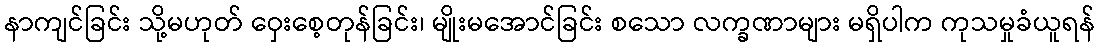
နာကျင်ခြင်း သို့မဟုတ် ဝှေးစေ့တုန်ခြင်း၊ မျိုးမအောင်ခြင်း စသော လက္ခဏာများ မရှိပါက ကုသမှုခံယူရန်